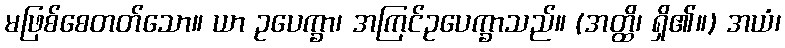
မဖြစ်စေတတ်သော။ ယာ ဥပေက္ခာ၊ အကြင်ဥပေက္ခာသည်။ (အတ္ထိ၊ ရှိ၏။) အယံ၊